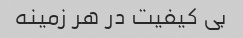
بی کیفیت در هر زمینه